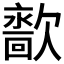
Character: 𰙙